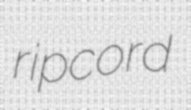
ripcord